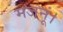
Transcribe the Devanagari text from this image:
मजनूं।